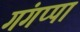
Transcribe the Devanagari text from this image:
गंगप्पा